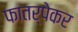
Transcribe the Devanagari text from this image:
फातर्पेकर